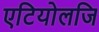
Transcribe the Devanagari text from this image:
एटियोलजि